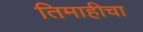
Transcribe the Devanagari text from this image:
तिमाहीचा